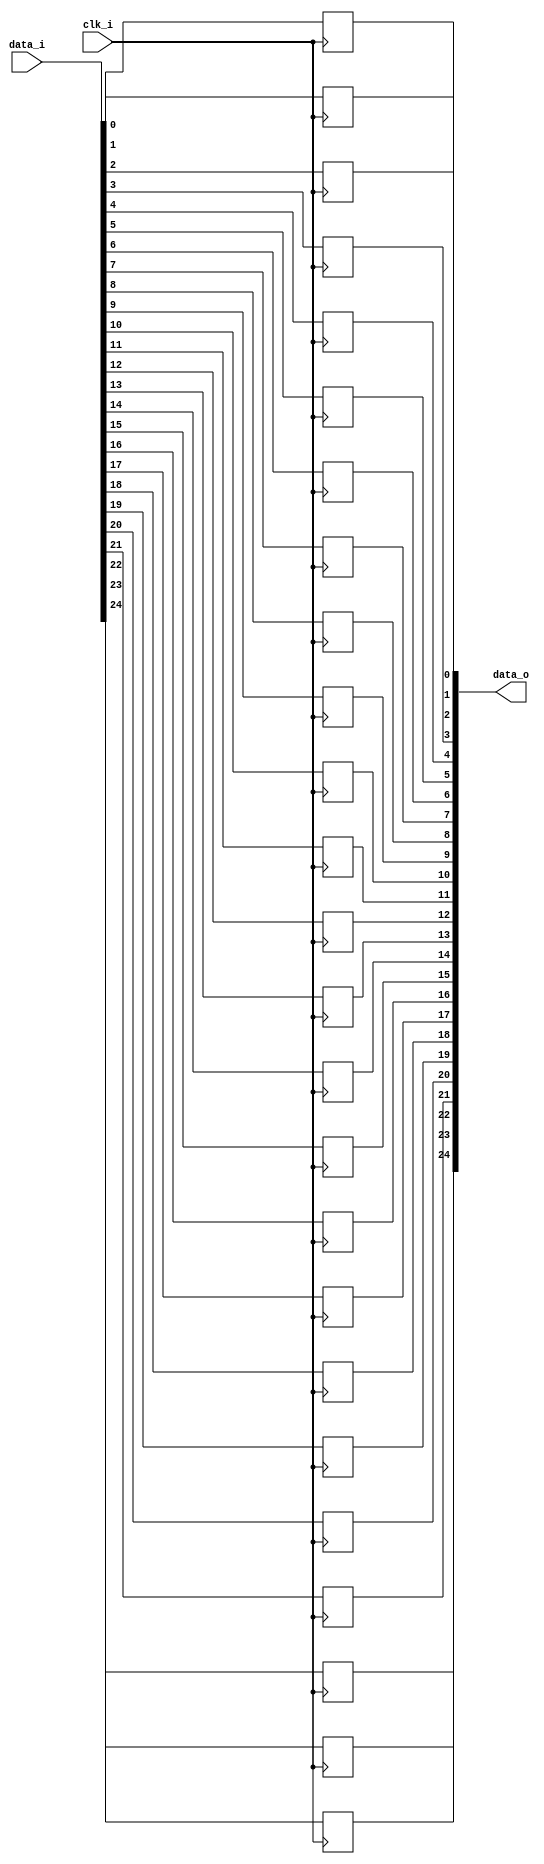
module bsg_dff_width_p25
(
  clk_i,
  data_i,
  data_o
);

  input [24:0] data_i;
  output [24:0] data_o;
  input clk_i;
  wire [24:0] data_o;
  reg data_o_24_sv2v_reg,data_o_23_sv2v_reg,data_o_22_sv2v_reg,data_o_21_sv2v_reg,
  data_o_20_sv2v_reg,data_o_19_sv2v_reg,data_o_18_sv2v_reg,data_o_17_sv2v_reg,
  data_o_16_sv2v_reg,data_o_15_sv2v_reg,data_o_14_sv2v_reg,data_o_13_sv2v_reg,
  data_o_12_sv2v_reg,data_o_11_sv2v_reg,data_o_10_sv2v_reg,data_o_9_sv2v_reg,
  data_o_8_sv2v_reg,data_o_7_sv2v_reg,data_o_6_sv2v_reg,data_o_5_sv2v_reg,data_o_4_sv2v_reg,
  data_o_3_sv2v_reg,data_o_2_sv2v_reg,data_o_1_sv2v_reg,data_o_0_sv2v_reg;
  assign data_o[24] = data_o_24_sv2v_reg;
  assign data_o[23] = data_o_23_sv2v_reg;
  assign data_o[22] = data_o_22_sv2v_reg;
  assign data_o[21] = data_o_21_sv2v_reg;
  assign data_o[20] = data_o_20_sv2v_reg;
  assign data_o[19] = data_o_19_sv2v_reg;
  assign data_o[18] = data_o_18_sv2v_reg;
  assign data_o[17] = data_o_17_sv2v_reg;
  assign data_o[16] = data_o_16_sv2v_reg;
  assign data_o[15] = data_o_15_sv2v_reg;
  assign data_o[14] = data_o_14_sv2v_reg;
  assign data_o[13] = data_o_13_sv2v_reg;
  assign data_o[12] = data_o_12_sv2v_reg;
  assign data_o[11] = data_o_11_sv2v_reg;
  assign data_o[10] = data_o_10_sv2v_reg;
  assign data_o[9] = data_o_9_sv2v_reg;
  assign data_o[8] = data_o_8_sv2v_reg;
  assign data_o[7] = data_o_7_sv2v_reg;
  assign data_o[6] = data_o_6_sv2v_reg;
  assign data_o[5] = data_o_5_sv2v_reg;
  assign data_o[4] = data_o_4_sv2v_reg;
  assign data_o[3] = data_o_3_sv2v_reg;
  assign data_o[2] = data_o_2_sv2v_reg;
  assign data_o[1] = data_o_1_sv2v_reg;
  assign data_o[0] = data_o_0_sv2v_reg;

  always @(posedge clk_i) begin
    if(1'b1) begin
      data_o_24_sv2v_reg <= data_i[24];
    end 
  end


  always @(posedge clk_i) begin
    if(1'b1) begin
      data_o_23_sv2v_reg <= data_i[23];
    end 
  end


  always @(posedge clk_i) begin
    if(1'b1) begin
      data_o_22_sv2v_reg <= data_i[22];
    end 
  end


  always @(posedge clk_i) begin
    if(1'b1) begin
      data_o_21_sv2v_reg <= data_i[21];
    end 
  end


  always @(posedge clk_i) begin
    if(1'b1) begin
      data_o_20_sv2v_reg <= data_i[20];
    end 
  end


  always @(posedge clk_i) begin
    if(1'b1) begin
      data_o_19_sv2v_reg <= data_i[19];
    end 
  end


  always @(posedge clk_i) begin
    if(1'b1) begin
      data_o_18_sv2v_reg <= data_i[18];
    end 
  end


  always @(posedge clk_i) begin
    if(1'b1) begin
      data_o_17_sv2v_reg <= data_i[17];
    end 
  end


  always @(posedge clk_i) begin
    if(1'b1) begin
      data_o_16_sv2v_reg <= data_i[16];
    end 
  end


  always @(posedge clk_i) begin
    if(1'b1) begin
      data_o_15_sv2v_reg <= data_i[15];
    end 
  end


  always @(posedge clk_i) begin
    if(1'b1) begin
      data_o_14_sv2v_reg <= data_i[14];
    end 
  end


  always @(posedge clk_i) begin
    if(1'b1) begin
      data_o_13_sv2v_reg <= data_i[13];
    end 
  end


  always @(posedge clk_i) begin
    if(1'b1) begin
      data_o_12_sv2v_reg <= data_i[12];
    end 
  end


  always @(posedge clk_i) begin
    if(1'b1) begin
      data_o_11_sv2v_reg <= data_i[11];
    end 
  end


  always @(posedge clk_i) begin
    if(1'b1) begin
      data_o_10_sv2v_reg <= data_i[10];
    end 
  end


  always @(posedge clk_i) begin
    if(1'b1) begin
      data_o_9_sv2v_reg <= data_i[9];
    end 
  end


  always @(posedge clk_i) begin
    if(1'b1) begin
      data_o_8_sv2v_reg <= data_i[8];
    end 
  end


  always @(posedge clk_i) begin
    if(1'b1) begin
      data_o_7_sv2v_reg <= data_i[7];
    end 
  end


  always @(posedge clk_i) begin
    if(1'b1) begin
      data_o_6_sv2v_reg <= data_i[6];
    end 
  end


  always @(posedge clk_i) begin
    if(1'b1) begin
      data_o_5_sv2v_reg <= data_i[5];
    end 
  end


  always @(posedge clk_i) begin
    if(1'b1) begin
      data_o_4_sv2v_reg <= data_i[4];
    end 
  end


  always @(posedge clk_i) begin
    if(1'b1) begin
      data_o_3_sv2v_reg <= data_i[3];
    end 
  end


  always @(posedge clk_i) begin
    if(1'b1) begin
      data_o_2_sv2v_reg <= data_i[2];
    end 
  end


  always @(posedge clk_i) begin
    if(1'b1) begin
      data_o_1_sv2v_reg <= data_i[1];
    end 
  end


  always @(posedge clk_i) begin
    if(1'b1) begin
      data_o_0_sv2v_reg <= data_i[0];
    end 
  end


endmodule